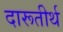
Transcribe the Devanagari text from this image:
दारूतीर्थ